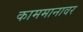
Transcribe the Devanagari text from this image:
काममानावर